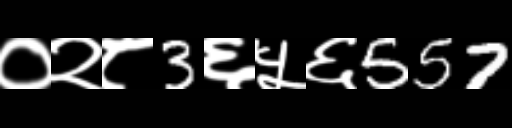
Text: ०२८3६५६557